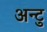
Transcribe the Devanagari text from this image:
अन्टु